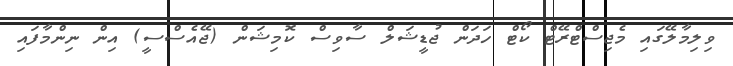
ވިލިމާލޭގައި މެޖިސްޓްރޭޓް ކޯޓް ހަދަން ޖުޑީޝަލް ސާވިސް ކޮމިޝަން (ޖޭއެސްސީ) އިން ނިންމާފައި